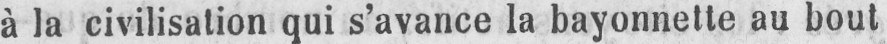
à la civilisation qui s’avance la bayonnette au bout